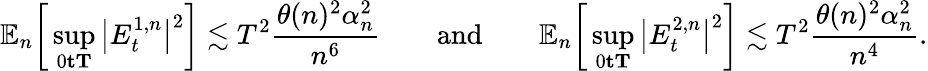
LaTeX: \mathbb{E}_{n}\bigg[\operatorname*{sup}_{0\le t\le T}\big|E_{t}^{1,n}\big|^{2}\bigg]\lesssim T^{2}\frac{\theta(n)^{2}\alpha_{n}^{2}}{n^{6}}\quad\quad\textrm{and}\quad\quad\mathbb{E}_{n}\bigg[\operatorname*{sup}_{0\le t\le T}\big|E_{t}^{2,n}\big|^{2}\bigg]\lesssim T^{2}\frac{\theta(n)^{2}\alpha_{n}^{2}}{n^{4}}.